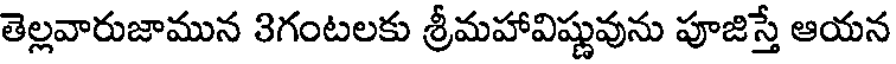
తెల్లవారుజామున 3గంటలకు శ్రీమహావిష్ణువును పూజిస్తే ఆయన